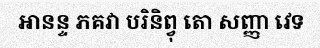
ឤនន្ទ ភគវា បរិនិព្វុ តោ សញ្ញា វេទ